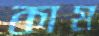
কাম